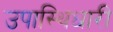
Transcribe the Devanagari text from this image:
उपास्थिधारी